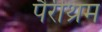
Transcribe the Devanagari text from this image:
पैरीथ्रम